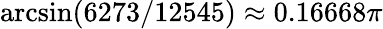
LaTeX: \arcsin(6273/12545)\approx 0.16668\pi